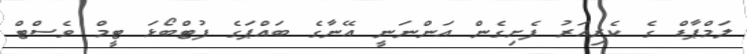
ލަމްޕާޑް ގެ ކެރިއަރު ފެށިގެން އަންނަނީ އޭނާގެ ބައްޕަގެ ފުޓްބޯޅަ ޓީމް ވެސްޓް